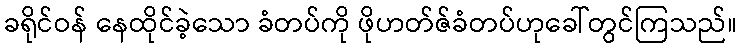
ခရိုင်ဝန် နေထိုင်ခဲ့သော ခံတပ်ကို ဖိုဟတ်ဇ်ခံတပ်ဟုခေါ်တွင်ကြသည်။